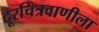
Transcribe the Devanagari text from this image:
दूरचित्रवाणीला